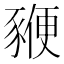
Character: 𧱩